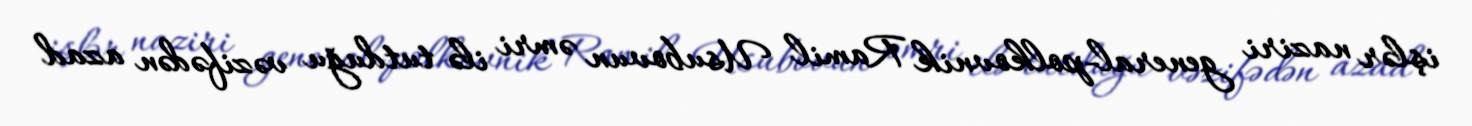
işlər naziri general-polkovnik Ramil Usubovun əmri ilə tutduğu vəzifədən azad